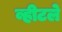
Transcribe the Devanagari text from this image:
व्हीटले